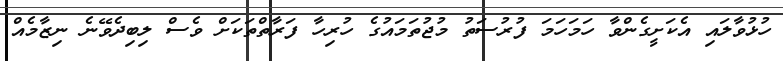
ހުޅުވާލައި އެކަށީގެންވާ ހަމަހަމަ ފުރުސަތު މުޖުތަމައުގެ ހުރިހާ ފަރާތްތަކަށް ވެސް ލިބިދެވޭނެ ނިޒާމެއް